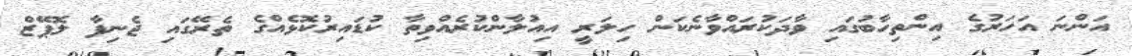
އަންނަ އަހަރުގެ އިންތިހާބުގައި ވާދަކުރައްވާނެކަން ހިލަރީ އިއުލާންކުރެއްވިތާ ކުޑައިރުކޮޅެއްގެ ތެރޭގައި ޖެނިފާ ލޮޕޭޒް